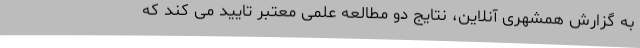
به گزارش همشهری آنلاین، نتایج دو مطالعه علمی معتبر تایید می کند که